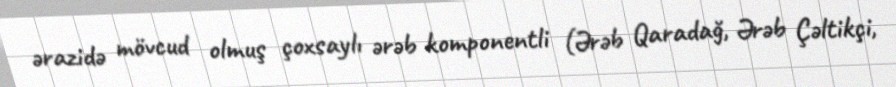
ərazidə mövcud olmuş çoxsaylı ərəb komponentli (Ərəb Qaradağ, Ərəb Çəltikçi,